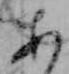
あ